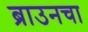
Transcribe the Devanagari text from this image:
ब्राउनचा